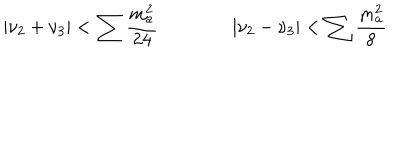
| \nu _ { 2 } + \nu _ { 3 } | < \sum { \frac { m _ { a } ^ { 2 } } { 2 4 } } \qquad \qquad | \nu _ { 2 } - \nu _ { 3 } | < \sum { \frac { m _ { a } ^ { 2 } } { 8 } }